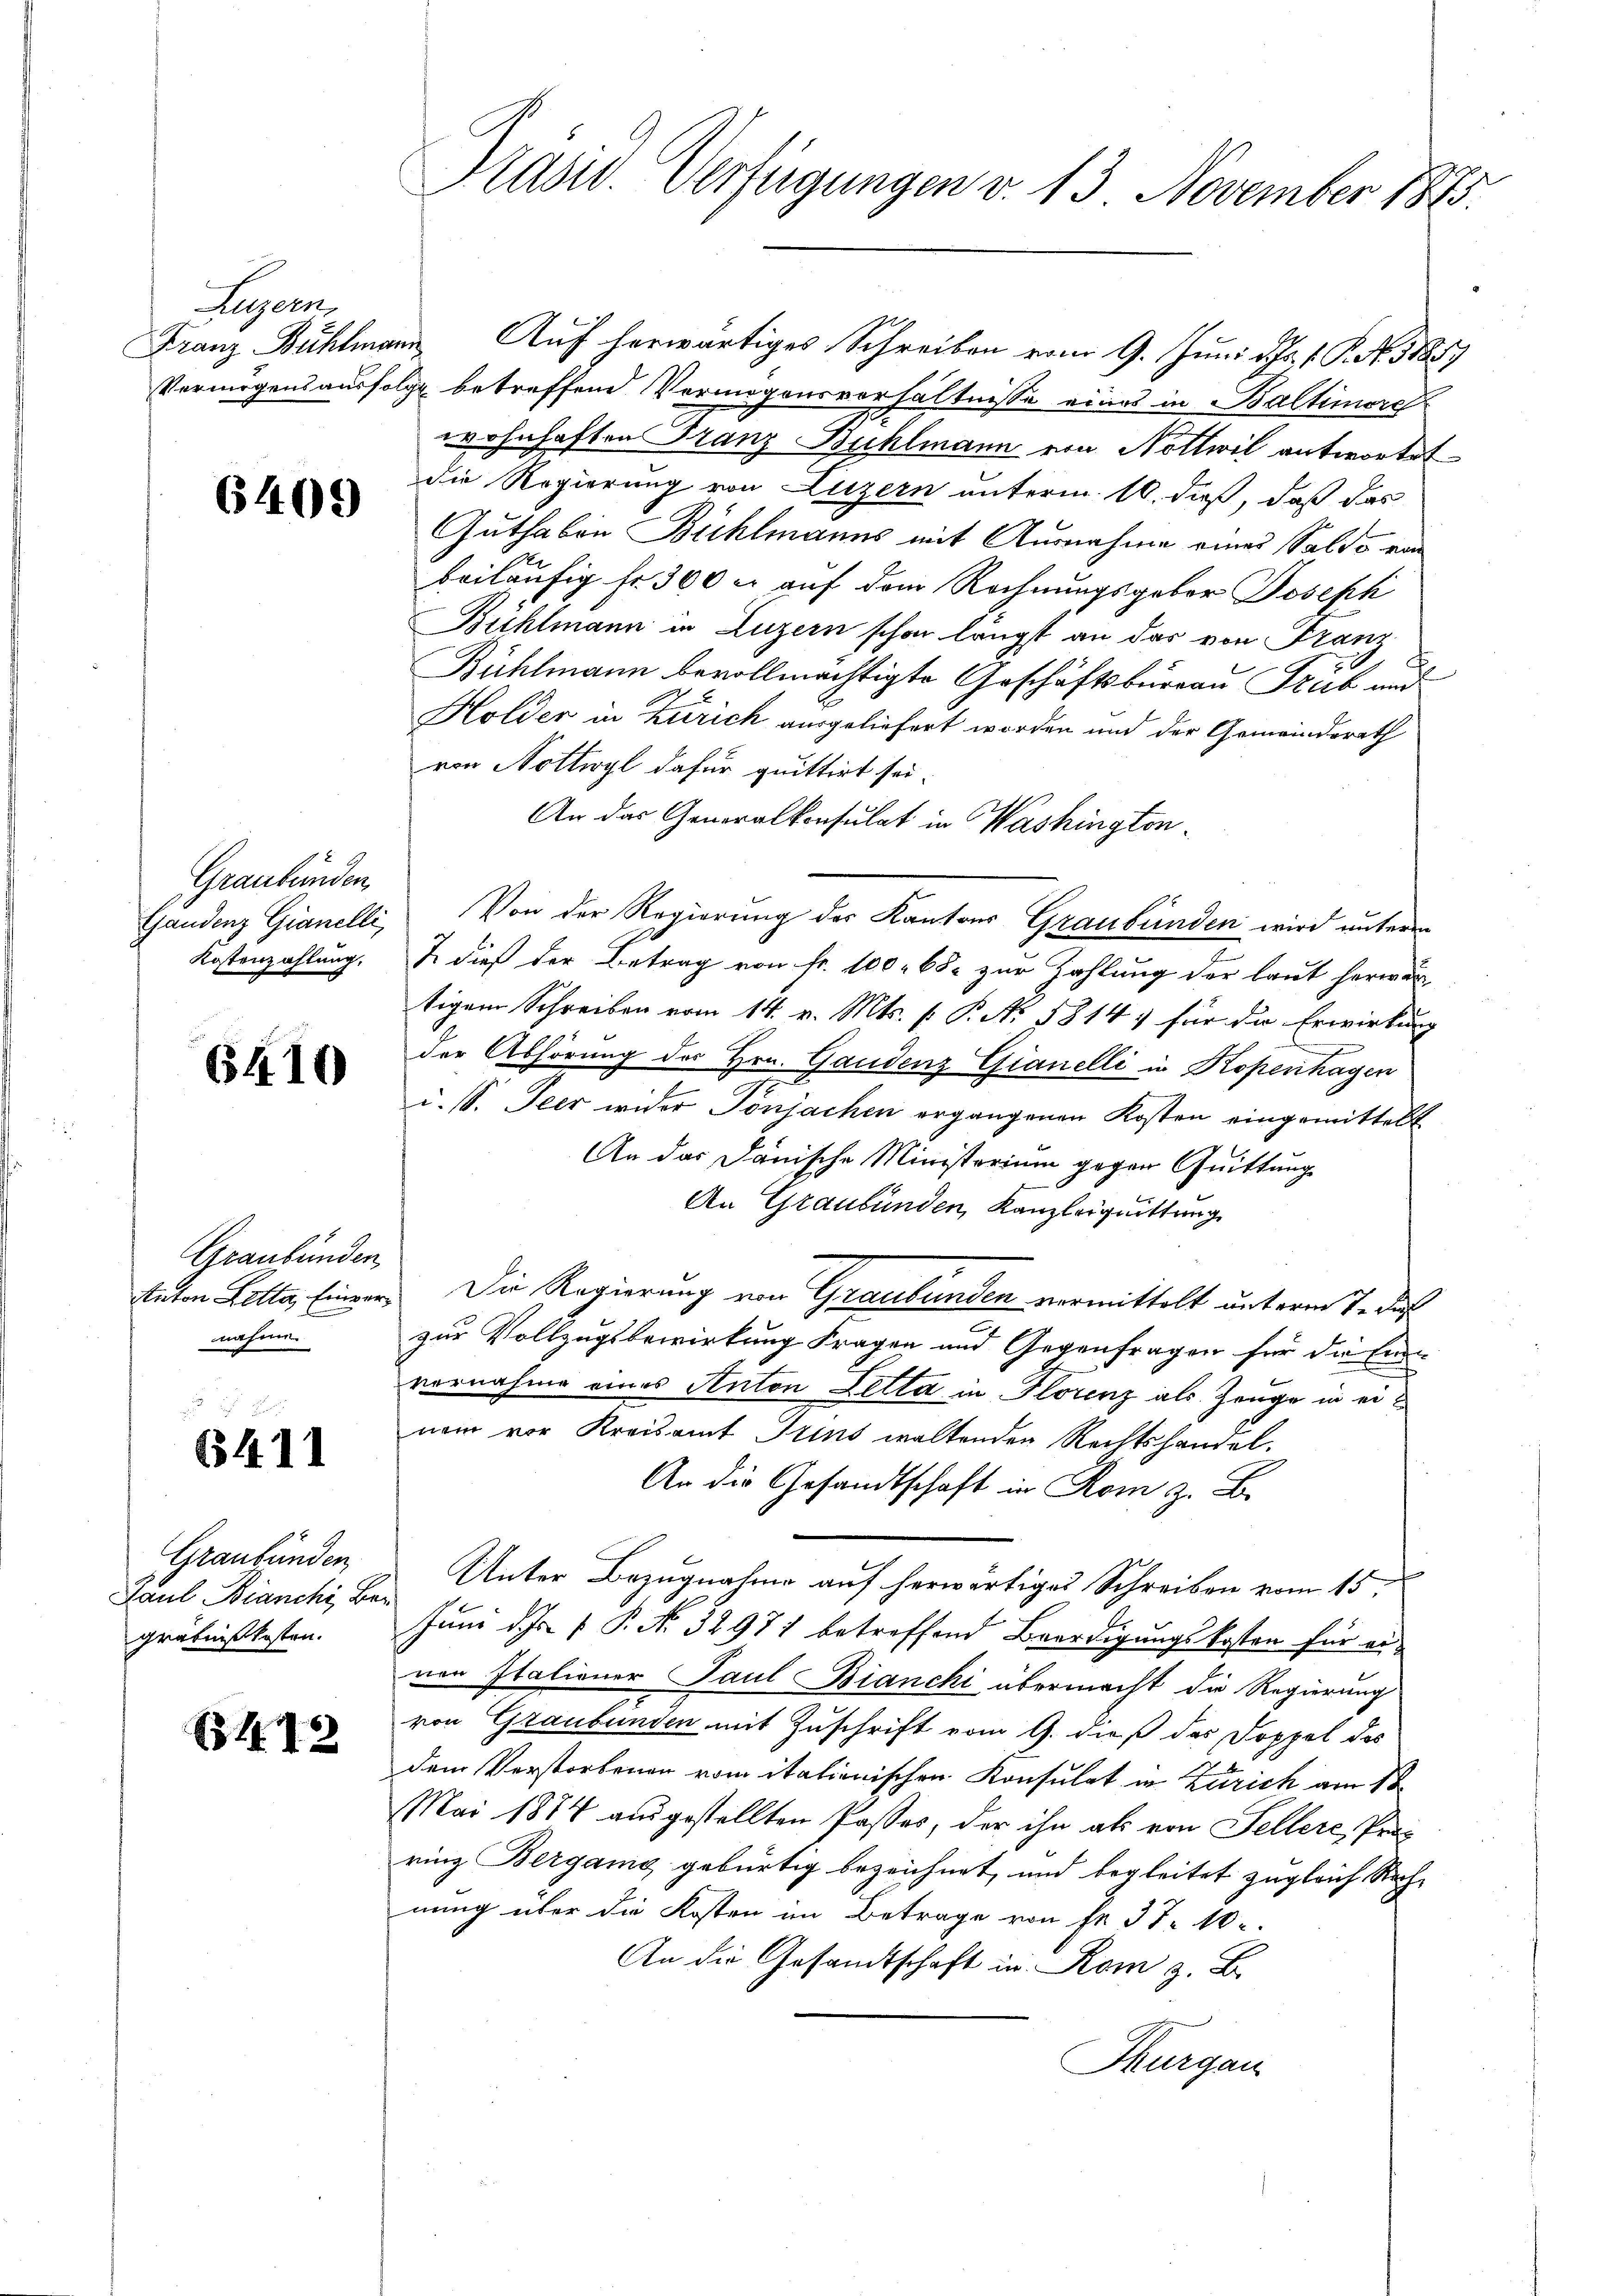
Aegern,

6409

Graubünden
Kostenzahlung,

6410

Graubünden
nahme

6411

Graubünden
Paul Bianchi, Be
gräbnißkosten.

1442

Präsid. Verfügungen v. 13 November 1873.

Franz Bühlmann Auf herwärtiges Schreiben vom 9. Juni d. Js. v. P. Nr. 11859
Vermögensausfolge betreffend Vermögensverhältnisse eines in Baltimord
wohnhaften Franz Bühlmann von Nothwil antwortet
die Regierung von Luzern unterm 10. dieß, daß das
Guthaben Bühlmanns mit Ausnahme eines Saldo von
beiläufig fr. 300 c. auf dem Rechnungsgeber Joseph
Bühlmann in Luzern schon längst an das von Franz
Bühlmann bevollmächtigte Geschäftsbureau Trieb und
Holder in Zürich ausgeliefert worden und der Gemeindsrath
von Nottwyl dafür quittirt sei.
An das Generalkonsulat in Washington¬
Gandenz Gianelli, Von der Regierung des Kantons Graubünden wird unterm
J. dieß der Betrag von Fr. 100. 68. zur Zahlung der laut herwär
tigem Schreiben vom 14. v. Mts. v. P. Nr. 1814, für die Erwirkung
der Abhörung des Hrn. Gandenz Gianelli in Kopenhagen
i. s. Peer wider Pönjachen ergangenen Kosten eingemittelt
An das Danische Ministerium gegen Quittung
An Graubünden Kanzleiquittung
Anton Letta, Einver, Die Regierung von Graubünden vermittelt unterm 7. das
zur Vollzugsbewirkung Fragen und Gegenfragen für die Eid-
vernahme eines Anton Letta in Florenz als Zeuge in einem vor Kreisamt Grins waltenden Rechtshandel.
An die Gesandtschaft in Rom z. B.
Unter Bezugnahme auf herwärtiges Schreiben vom 15.
 Juni d. Js. f. P. No. 32971 betreffend Beerdigungskosten für eivon Italiener Paul Bianchi übermacht die Regierung
von Graubünden mit Zuschrift vom 9. dieß das Doppel des
dem Verstorbenen vom italienischen Konsulat in Zürich am 18.
Mai 1884 ausgestellten Passes, der ihn als von Sellere Perrinz Bergang gebürtig bezeichnet, und begleitet zugleich Rechnung über die Kosten im Betrage von Fr. 37. 10
An die Gesandtschaft in Rom z. B.
Thurgau